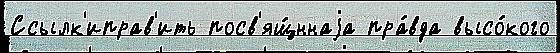
Ссылк'иправ'ить посв'ящ́ннаjа пра́вда высо́кого